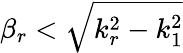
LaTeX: \beta_{r}<\sqrt{k_{r}^{2}-k_{1}^{2}}